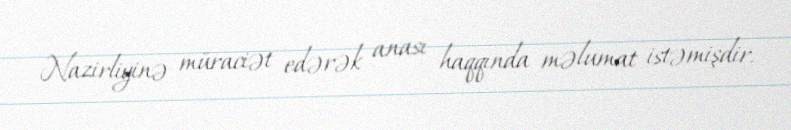
Nazirliyinə müraciət edərək anası haqqında məlumat istəmişdir.